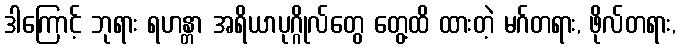
ဒါကြောင့် ဘုရား ရဟန္တာ အရိယာပုဂ္ဂိုလ်တွေ တွေ့ထိ ထားတဲ့ မဂ်တရား, ဖိုလ်တရား,